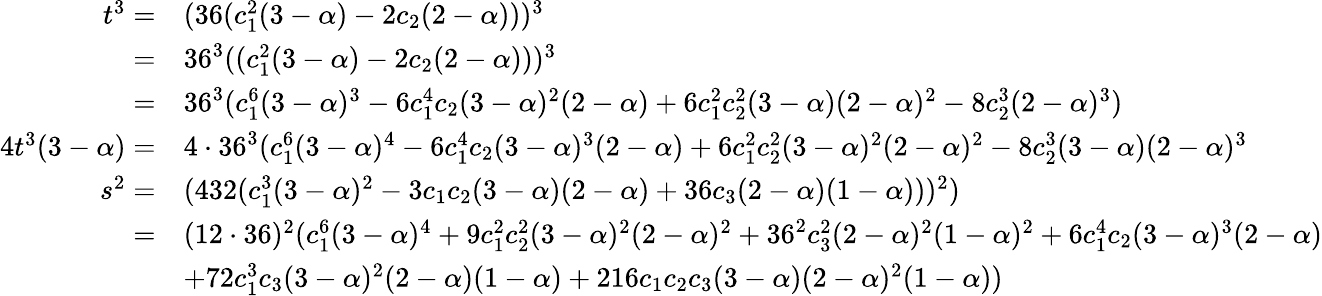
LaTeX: \begin{array}{rl}{t^{3}=}&{(36(c_{1}^{2}(3-\alpha)-2c_{2}(2-\alpha)))^{3}}\\ {=}&{36^{3}((c_{1}^{2}(3-\alpha)-2c_{2}(2-\alpha)))^{3}}\\ {=}&{36^{3}(c_{1}^{6}(3-\alpha)^{3}-6c_{1}^{4}c_{2}(3-\alpha)^{2}(2-\alpha)+6c_{1}^{2}c_{2}^{2}(3-\alpha)(2-\alpha)^{2}-8c_{2}^{3}(2-\alpha)^{3})}\\ {4t^{3}(3-\alpha)=}&{4\cdot 36^{3}(c_{1}^{6}(3-\alpha)^{4}-6c_{1}^{4}c_{2}(3-\alpha)^{3}(2-\alpha)+6c_{1}^{2}c_{2}^{2}(3-\alpha)^{2}(2-\alpha)^{2}-8c_{2}^{3}(3-\alpha)(2-\alpha)^{3}}\\ {s^{2}=}&{(432(c_{1}^{3}(3-\alpha)^{2}-3c_{1}c_{2}(3-\alpha)(2-\alpha)+36c_{3}(2-\alpha)(1-\alpha)))^{2})}\\ {=}&{(12\cdot 36)^{2}(c_{1}^{6}(3-\alpha)^{4}+9c_{1}^{2}c_{2}^{2}(3-\alpha)^{2}(2-\alpha)^{2}+36^{2}c_{3}^{2}(2-\alpha)^{2}(1-\alpha)^{2}+6c_{1}^{4}c_{2}(3-\alpha)^{3}(2-\alpha)}\\ &{+72c_{1}^{3}c_{3}(3-\alpha)^{2}(2-\alpha)(1-\alpha)+216c_{1}c_{2}c_{3}(3-\alpha)(2-\alpha)^{2}(1-\alpha))}\end{array}